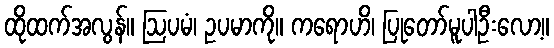
ထိုထက်အလွန်။ ဩပမံ၊ ဥပမာကို။ ကရောဟိ၊ ပြုတော်မူပါဦးလော့။